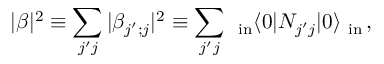
| \beta | ^ { 2 } \equiv \sum _ { j ^ { \prime } j } | \beta _ { j ^ { \prime } ; j } | ^ { 2 } \equiv \sum _ { j ^ { \prime } j } \, _ { \mathrm { \small ~ i n } } \langle 0 | N _ { j ^ { \prime } j } | 0 \rangle _ { \mathrm { \small ~ i n } } \, ,